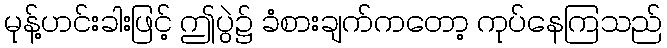
မုန့်ဟင်းခါးဖြင့် ဤပွဲ၌ ခံစားချက်ကတော့ ကုပ်နေကြသည်